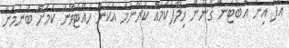
އެފް އިން އެބޯޓުން ޤާނޫނާ ޚިލާފުކަމެއް ކުރާނަމަ އެކަން ހުއްޓުވާނެ ކަމަށް ބުނުމުން